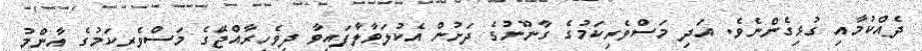
ދެއްކުމާއި ގުޅިގެންނެވެ. އަދި މަސްވެރިކަމުގެ ގާނޫނުގެ ދަށުން އެކުލަވާލާފައިވާ ދިވެހިރާއްޖޭގެ މަސްވެރިކަމުގެ އާންމު